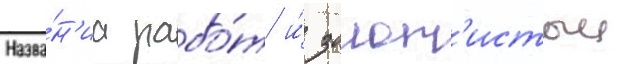
Назва́н'иа рабо́т и́ золот'истыи